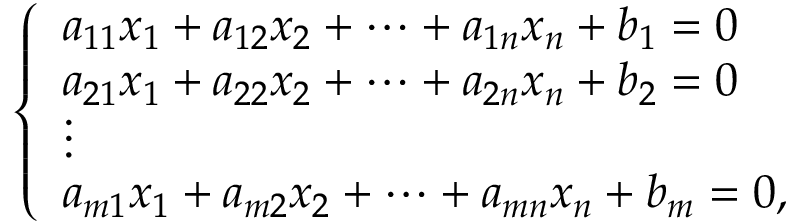
{ \left\{ \begin{array} { l l } { a _ { 1 1 } x _ { 1 } + a _ { 1 2 } x _ { 2 } + \dots + a _ { 1 n } x _ { n } + b _ { 1 } = 0 } \\ { a _ { 2 1 } x _ { 1 } + a _ { 2 2 } x _ { 2 } + \dots + a _ { 2 n } x _ { n } + b _ { 2 } = 0 } \\ { \vdots } \\ { a _ { m 1 } x _ { 1 } + a _ { m 2 } x _ { 2 } + \dots + a _ { m n } x _ { n } + b _ { m } = 0 , } \end{array} \right. }